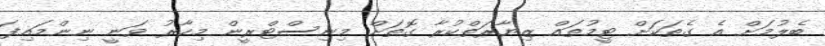
ބެލުމަށް އެ ގެތަކަށް ޓީމުތައް ޒިޔާރަތްކުރާ ގޮތަށް މިނިސްޓްރީން މިހާރު ވަނީ ނިންމައިފަ